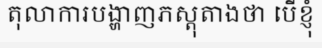
តុលាការបង្ហាញភស្តុតាងថា បើខ្ញុំ